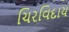
ચિરવિદાય